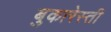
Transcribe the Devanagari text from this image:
बुकारेस्ती